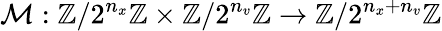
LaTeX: \mathcal{M}:\mathbb{Z}/2^{n_{x}}\mathbb{Z}\times\mathbb{Z}/2^{n_{v}}\mathbb{Z}\rightarrow\mathbb{Z}/2^{n_{x}+n_{v}}\mathbb{Z}